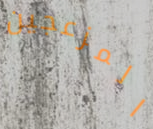
المزعجين